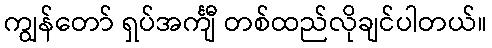
ကျွန်တော် ရှပ်အင်္ကျီ တစ်ထည်လိုချင်ပါတယ်။